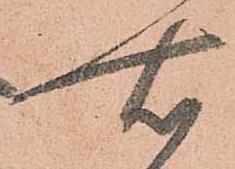
右